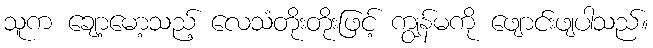
သူက ချော့မော့သည့် လေသံတိုးတိုးဖြင့် ကျွန်မကို ဖျောင်းဖျပါသည်။